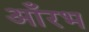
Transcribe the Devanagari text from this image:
आँरभ